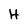
Character: H